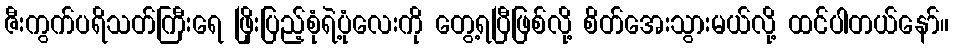
ဇီးကွက်ပရိသတ်ကြီးရေ ဖြိုးပြည့်စုံရဲ့ပုံလေးကို တွေ့ရပြီဖြစ်လို့ စိတ်အေးသွားမယ်လို့ ထင်ပါတယ်နော်။